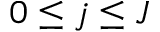
0 \leq j \leq J